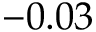
- 0 . 0 3